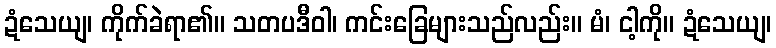
ဍံသေယျ၊ ကိုက်ခဲရာ၏။ သတပဒီဝါ၊ ကင်းခြေများသည်လည်း။ မံ၊ ငါ့ကို။ ဍံသေယျ၊